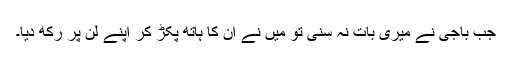
جب باجی نے میری بات نہ سنی تو میں نے ان کا ہاتھ پکڑ کر اپنے لن پر رکھ دیا۔